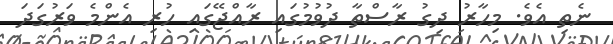
ނެތި އެވެ. މިހާރު ދިގު ރާސްތާ ދުވުމުގައި ރާއްޖޭގައި ހުރި އެންމެ ވަރުގަދަ